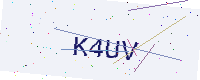
Text: K4UV